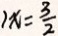
1 x = \frac { 3 } { 2 }